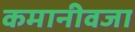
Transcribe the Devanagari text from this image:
कमानीवजा